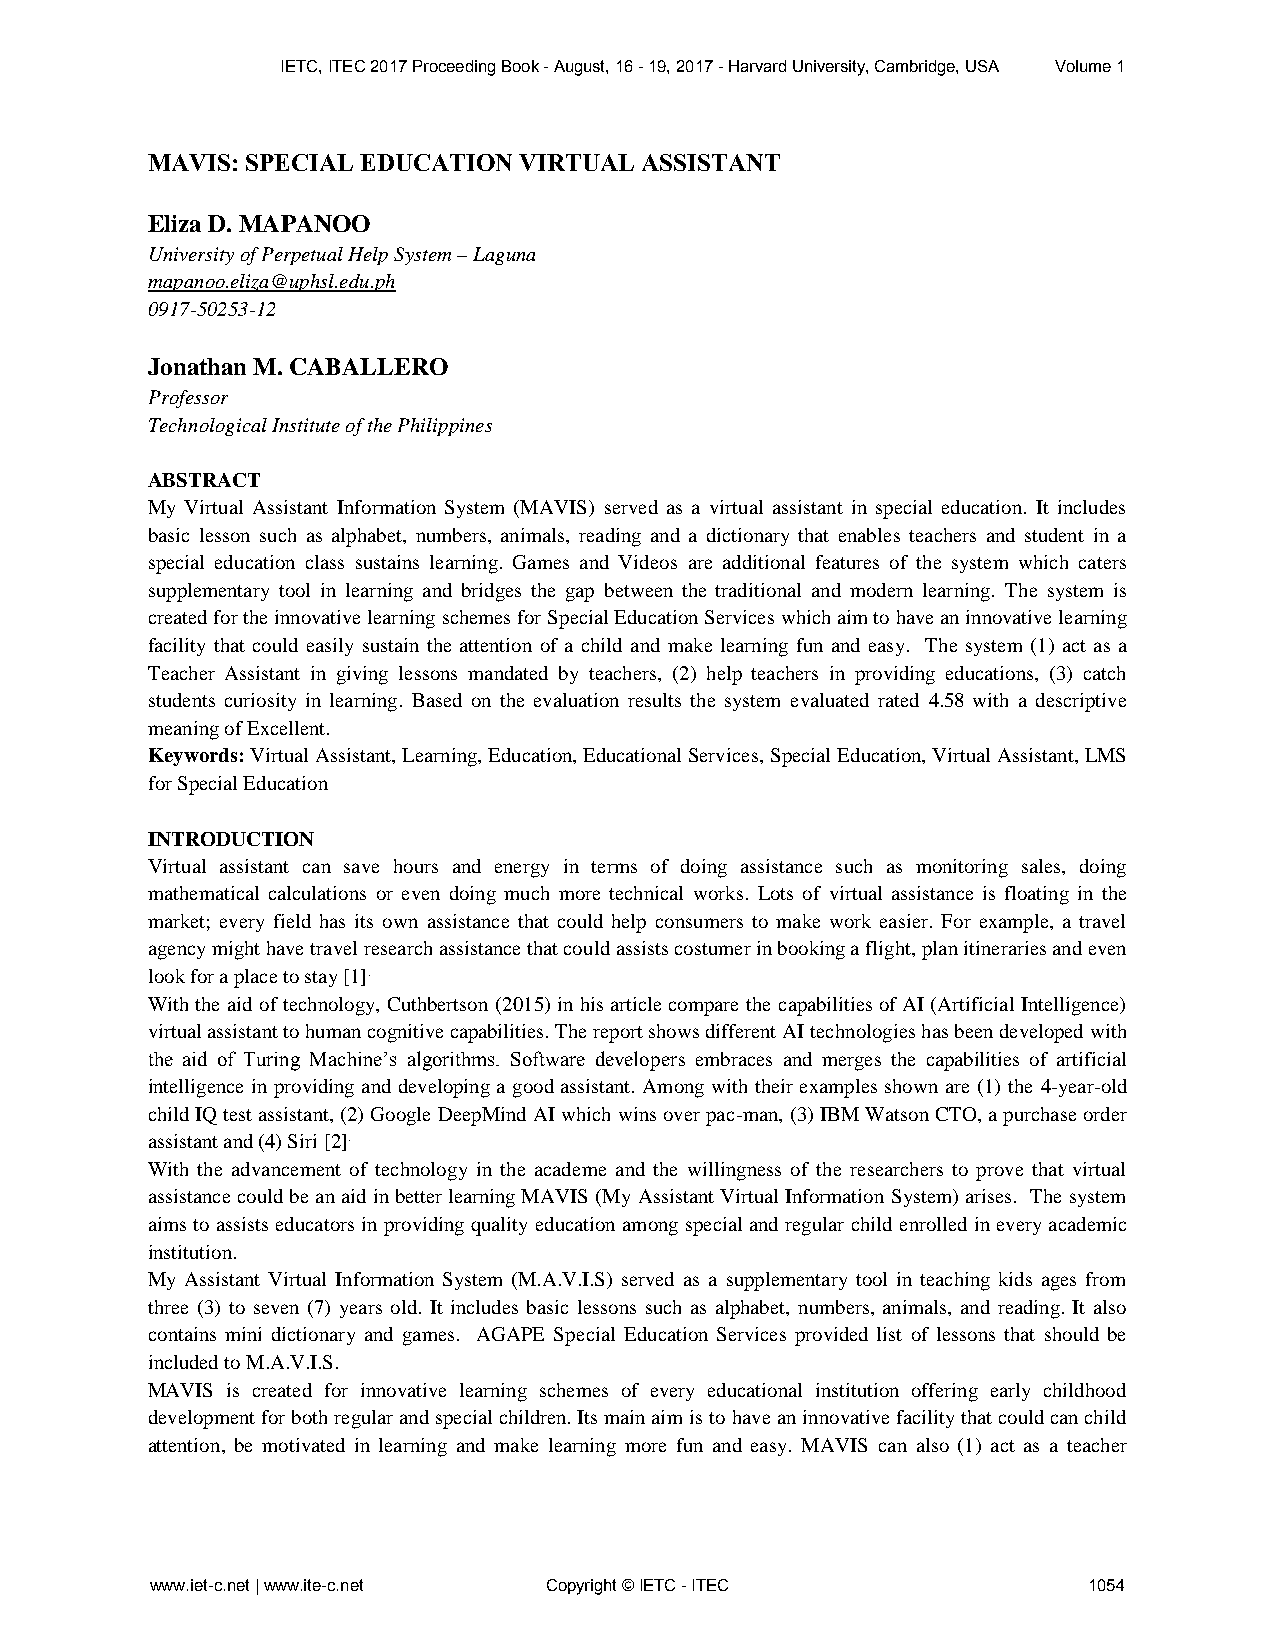
IETC, ITEC 2017 Proceeding Book - August, 16 - 19, 2017 - Harvard University, Cambridge, USA Volume 1
 MAVIS: SPECIAL EDUCATION VIRTUAL ASSISTANT
 Eliza D. MAPANOO
 University of Perpetual Help System – Laguna
 mapanoo.eliza@uphsl.edu.ph
 0917-50253-12
 Jonathan M. CABALLERO
 Professor
 Technological Institute of the Philippines
 ABSTRACT
 My Virtual Assistant Information System (MAVIS) served as a virtual assistant in special education. It includes
 basic lesson such as alphabet, numbers, animals, reading and a dictionary that enables teachers and student in a
 special education class sustains learning. Games and Videos are additional features of the system which caters
 supplementary tool in learning and bridges the gap between the traditional and modern learning. The system is
 created for the innovative learning schemes for Special Education Services which aim to have an innovative learning
 facility that could easily sustain the attention of a child and make learning fun and easy. The system (1) act as a
 Teacher Assistant in giving lessons mandated by teachers, (2) help teachers in providing educations, (3) catch
 students curiosity in learning. Based on the evaluation results the system evaluated rated 4.58 with a descriptive
 meaning of Excellent.
 Keywords: Virtual Assistant, Learning, Education, Educational Services, Special Education, Virtual Assistant, LMS
 for Special Education
 INTRODUCTION
 Virtual assistant can save hours and energy in terms of doing assistance such as monitoring sales, doing
 mathematical calculations or even doing much more technical works. Lots of virtual assistance is floating in the
 market; every field has its own assistance that could help consumers to make work easier. For example, a travel
 agency might have travel research assistance that could assists costumer in booking a flight, plan itineraries and even
 look for a place to stay [1].
 With the aid of technology, Cuthbertson (2015) in his article compare the capabilities of AI (Artificial Intelligence)
 virtual assistant to human cognitive capabilities. The report shows different AI technologies has been developed with
 the aid of Turing Machine’s algorithms. Software developers embraces and merges the capabilities of artificial
 intelligence in providing and developing a good assistant. Among with their examples shown are (1) the 4-year-old
 child IQ test assistant, (2) Google DeepMind AI which wins over pac-man, (3) IBM Watson CTO, a purchase order
 assistant and (4) Siri [2].
 With the advancement of technology in the academe and the willingness of the researchers to prove that virtual
 assistance could be an aid in better learning MAVIS (My Assistant Virtual Information System) arises. The system
 aims to assists educators in providing quality education among special and regular child enrolled in every academic
 institution.
 My Assistant Virtual Information System (M.A.V.I.S) served as a supplementary tool in teaching kids ages from
 three (3) to seven (7) years old. It includes basic lessons such as alphabet, numbers, animals, and reading. It also
 contains mini dictionary and games. AGAPE Special Education Services provided list of lessons that should be
 included to M.A.V.I.S.
 MAVIS is created for innovative learning schemes of every educational institution offering early childhood
 development for both regular and special children. Its main aim is to have an innovative facility that could can child
 attention, be motivated in learning and make learning more fun and easy. MAVIS can also (1) act as a teacher
 www.iet-c.net | www.ite-c.net Copyright © IETC - ITEC         1054